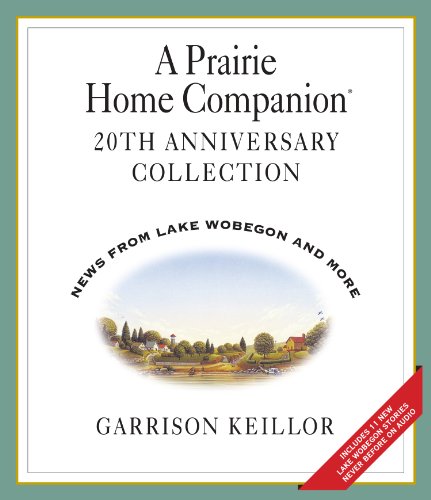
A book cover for A Prairie Home Companion 20th Anniversary: Four Compact Discs; Garrison Keillor; Humor & Entertainment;